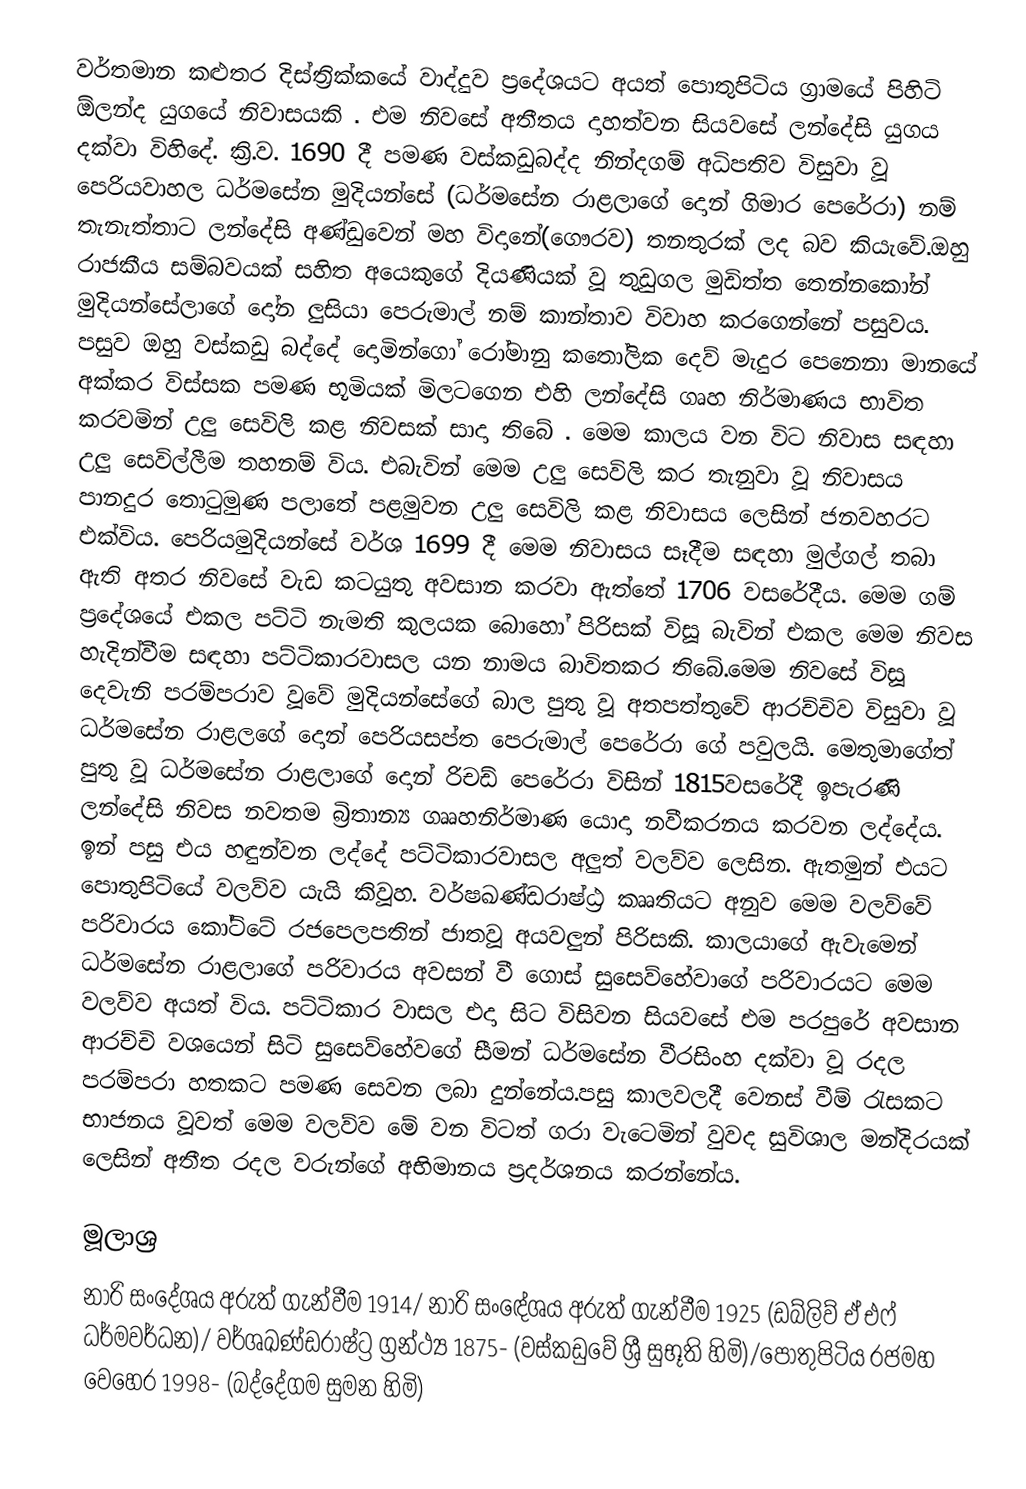
වර්තමාන කළුතර දිස්ත්‍රික්කයේ වාද්දුව ප්‍රදේශයට අයත් පොතුපිටිය ග්‍රාමයේ පිහිටි ඕලන්ද යුගයේ නිවාසයකි . එම නිවසේ අතීතය දාහත්වන සියවසේ ලන්දේසි යුගය දක්වා විහිදේ. ක්‍රි.ව. 1690 දී පමණ වස්කඩුබද්ද නින්දගම් අධිපතිව විසුවා වූ පෙරියවාහල ධර්මසේන මුදියන්සේ (ධර්මසේන රාළලාගේ දොන් ගිමාර පෙරේරා) නම් තැනැත්තාට ලන්දේසි අණ්ඩුවෙන් මහ විදානේ(ගෞරව) තනතුරක් ලද බව කියැවේ.ඔහු රාජකීය  සම්බවයක් සහිත අයෙකුගේ දියණියක් වූ තුඩුගල මුඩිත්ත තෙන්නකෝන් මුදියන්සේලාගේ දෝන ලුසියා පෙරුමාල් නම් කාන්තාව විවාහ කරගෙන්නේ පසුවය.  පසුව ඔහු වස්කඩු බද්දේ දොමින්ගෝ රෝමානු කතෝලික දෙව් මැදුර පෙනෙනා මානයේ අක්කර විස්සක පමණ භූමියක් මිලටගෙන එහි ලන්දේසි ගෘහ නිර්මාණය භාවිත කරවමින් උලු සෙවිලි කළ නිවසක් සාදා තිබේ . මෙම කාලය වන විට නිවාස සඳහා උලු සෙවිල්ලීම තහනම් විය. එබැවින් මෙම උලු සෙවිලි කර තැනුවා වූ නිවාසය පානදුර තොටුමුණ පලාතේ පළමුවන උලු සෙවිලි කළ නිවාසය ලෙසින් ජනවහරට එක්විය. පෙරියමුදියන්සේ වර්ශ 1699 දී මෙම නිවාසය සෑදීම සඳහා මුල්ගල් තබා ඇති අතර නිවසේ වැඩ කටයුතු අවසාන කරවා ඇත්තේ 1706 වසරේදීය. මෙම ගම් ප්‍රදේශයේ එකල පට්ටි නැමති කුලයක බොහෝ පිරිසක් විසූ බැවින් එකල මෙම නිවස හැදින්වීම සඳහා පට්ටිකාරවාසල යන නාමය බාවිතකර තිබේ.මෙම නිවසේ විසූ දෙවැනි පරම්පරාව වූවේ මුදියන්සේගේ බාල පුතු වූ  අතපත්තුවේ ආරච්චිව විසුවා වූ ධර්මසේන රාළලගේ දොන් පෙරියසප්ත පෙරුමාල්  පෙරේරා ගේ පවුලයි. මෙතුමාගේත් පුතු වූ ධර්මසේන රාළලාගේ දොන් රිචඩ් පෙරේරා විසින් 1815වසරේදී ඉපැරණි ලන්දේසි නිවස නවතම බ්‍රිතාන්‍ය ගෲහනිර්මාණ යොදා නවීකරනය කරවන ලද්දේය. ඉන් පසු එය හඳුන්වන ලද්දේ පට්ටිකාරවාසල අලුත් වලව්ව ලෙසින. ඇතමුන් එයට පොතුපිටියේ වලව්ව යැයි කිවූහ. වර්ෂඛණ්ඩරාෂ්ඨ්‍ර  කෲතියට අනුව මෙම වලව්වේ පරිවාරය කෝට්ටේ රජපෙලපතින් ජාතවූ අයවලුන් පිරිසකි. කාලයාගේ ඇවැමෙන් ධර්මසේන රාළලාගේ පරිවාරය අවසන් වී ගොස් සුසෙව්හේවාගේ පරිවාරයට මෙම වලව්ව අයත් විය. පට්ටිකාර වාසල එදා සිට විසිවන සියවසේ එම පරපුරේ අවසාන ආරච්චි වශයෙන් සිටි සුසෙව්හේවගේ සීමන් ධර්මසේන වීරසිංහ දක්වා වූ රදල පරම්පරා හතකට පමණ සෙවන ලබා දුන්නේය.පසු කාලවලදී වෙනස් වීම් රැසකට භාජනය වූවත්  මෙම වලව්ව මේ වන විටත් ගරා වැටෙමින් වුවද සුවිශාල මන්දිරයක් ලෙසින් අතීත රදල වරුන්ගේ අභිමානය ප්‍රදර්ශනය කරන්නේය.

මූලාශ්‍ර
නාරි සංදේශය අරුත් ගැන්වීම 1914/ නාරි සංඳේශය අරුත් ගැන්වීම 1925 (ඩබ්ලිව් ඒ එෆ් ධර්මවර්ධන)/ වර්ශඛණ්ඩරාෂ්ට්‍ර ග්‍රන්ථ්‍ය 1875- (වස්කඩුවේ ශ්‍රී සුභූති හිමි)/පොතුපිටිය රජමහ වෙහෙර 1998- (බද්දේගම සුමන හිමි)